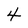
Character: 4